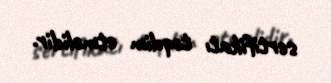
sertifikatı təqdim etməlidir.